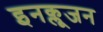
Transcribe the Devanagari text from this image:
इनक्लूजन